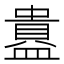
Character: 𬐲